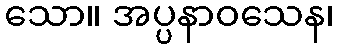
သော။ အပ္ပနာဝသေန၊